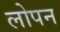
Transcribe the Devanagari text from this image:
लोपन